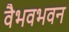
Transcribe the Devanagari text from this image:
वैभवभवन